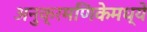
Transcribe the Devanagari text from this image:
अनुक्रमणिकेमध्ये